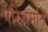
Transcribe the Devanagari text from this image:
परिश्रमांत